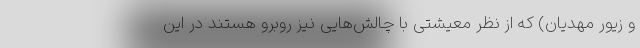
و زیور مهدیان) که از نظر معیشتی با چالش‌هایی نیز روبرو هستند در این